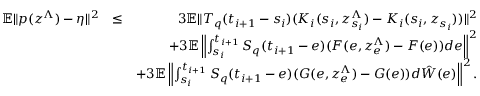
\begin{array} { r l r } { \mathbb { E } \| p ( z ^ { \Lambda } ) - \eta \| ^ { 2 } } & { \leq } & { 3 \mathbb { E } \| { \cal T } _ { q } ( t _ { i + 1 } - s _ { i } ) ( { \cal K } _ { i } ( s _ { i } , z _ { s _ { i } } ^ { \Lambda } ) - { \cal K } _ { i } ( s _ { i } , z _ { s _ { i } } ) ) \| ^ { 2 } } \\ & { } & { + 3 \mathbb { E } \left\| \int _ { s _ { i } } ^ { t _ { i + 1 } } { \cal S } _ { q } ( t _ { i + 1 } - e ) ( { \cal F } ( e , z _ { e } ^ { \Lambda } ) - { \cal F } ( e ) ) d e \right\| ^ { 2 } } \\ & { } & { + 3 \mathbb { E } \left\| \int _ { s _ { i } } ^ { t _ { i + 1 } } { \cal S } _ { q } ( t _ { i + 1 } - e ) ( { \cal G } ( e , z _ { e } ^ { \Lambda } ) - { \cal G } ( e ) ) d \hat { \cal W } ( e ) \right\| ^ { 2 } . } \end{array}